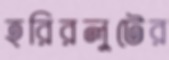
হরিরলুটের